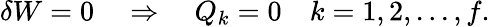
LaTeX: \delta W=0\quad\Rightarrow\quad Q_{k}=0\quad k=1,2,...,f.